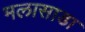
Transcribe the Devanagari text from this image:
मलासाडा